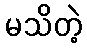
မသိတဲ့